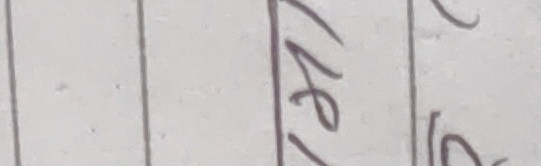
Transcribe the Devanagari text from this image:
१५/०